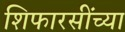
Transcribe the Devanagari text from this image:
शिफारसींच्या